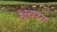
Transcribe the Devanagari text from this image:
अयण